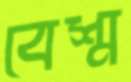
বেশ্ম